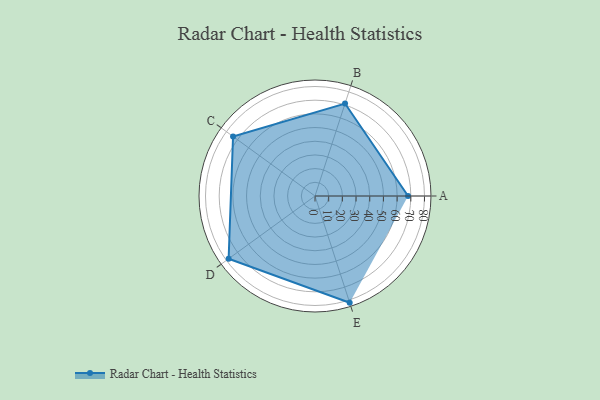
{"axis": {"x": "Skill", "y": "Score"}, "legend": ["Profile"], "data": [{"x": "A", "y": 68.0, "type": "Profile"}, {"x": "B", "y": 71.0, "type": "Profile"}, {"x": "C", "y": 74.0, "type": "Profile"}, {"x": "D", "y": 78.0, "type": "Profile"}, {"x": "E", "y": 82.0, "type": "Profile"}]}